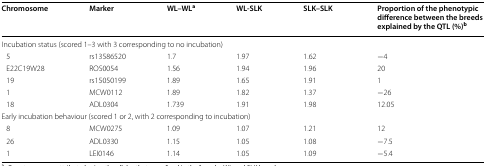
<table><thead><tr><td><b>Chromosome</b></td><td><b>Marker</b></td><td><b>WL–WL<sup>a</sup></b></td><td><b>WL-SLK</b></td><td><b>SLK–SLK</b></td><td><b>Proportion of the phenotypic difference between the breeds explained by the QTL (%)<sup>b</sup></b></td></tr></thead><tbody><tr><td colspan="6">Incubation status (scored 1–3 with 3 corresponding to no incubation)</td></tr><tr><td> 5</td><td>rs13586520</td><td>1.7</td><td>1.97</td><td>1.62</td><td>−4</td></tr><tr><td> E22C19W28</td><td>ROS0054</td><td>1.56</td><td>1.94</td><td>1.96</td><td>20</td></tr><tr><td> 19</td><td>rs15050199</td><td>1.89</td><td>1.65</td><td>1.91</td><td>1</td></tr><tr><td> 1</td><td>MCW0112</td><td>1.89</td><td>1.82</td><td>1.37</td><td>−26</td></tr><tr><td> 18</td><td>ADL0304</td><td>1.739</td><td>1.91</td><td>1.98</td><td>12.05</td></tr><tr><td colspan="6">Early incubation behaviour (scored 1 or 2, with 2 corresponding to incubation)</td></tr><tr><td> 8</td><td>MCW0275</td><td>1.09</td><td>1.07</td><td>1.21</td><td>12</td></tr><tr><td> 26</td><td>ADL0330</td><td>1.15</td><td>1.05</td><td>1.08</td><td>−7.5</td></tr><tr><td> 1</td><td>LEI0146</td><td>1.14</td><td>1.05</td><td>1.09</td><td>−5.4</td></tr></tbody></table>